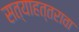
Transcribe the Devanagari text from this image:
सत्याहत्तरावा